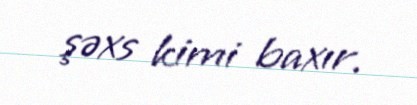
şəxs kimi baxır.